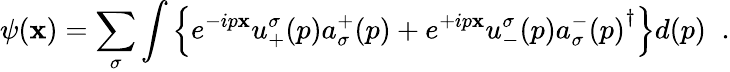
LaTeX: \psi(\mathbf{x})=\sum_{\sigma}\int\left\{ e^{-ip\mathbf{x}}u_{+}^{\sigma}(p)a_{\sigma}^{+}(p)+e^{+ip\mathbf{x}}u_{-}^{\sigma}(p){a_{\sigma}^{-}(p)}^{\dagger}\right\} d(p)\; \; .